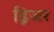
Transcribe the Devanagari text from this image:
द्विजर